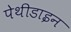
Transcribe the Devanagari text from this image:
पेथीडाइन